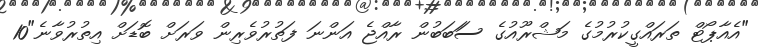
"އެއާޕޯޓް ތަރައްގީކުރުމުގެ މަޝްރޫއުގެ ސަަބަބުން ރާއްޖެ އަންނަ ފަތުރުވެރިން ވަރަށް ބޮޑަށް އިތުރުވާނެ"10